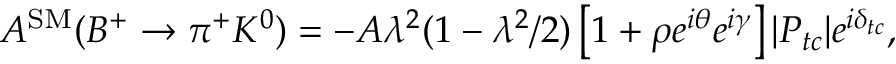
A ^ { \mathrm { S M } } ( B ^ { + } \rightarrow \pi ^ { + } K ^ { 0 } ) = - A \lambda ^ { 2 } ( 1 - \lambda ^ { 2 } / 2 ) \left[ 1 + \rho e ^ { i \theta } e ^ { i \gamma } \right] | P _ { t c } | e ^ { i \delta _ { t c } } ,